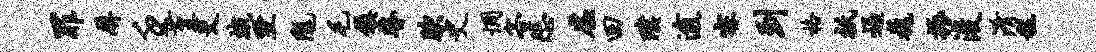
罪屏壬堇吏蛾墅陇毛镇瞽腴史惆客悲虚回璞逾寐到格只逼巍振浚淆糕